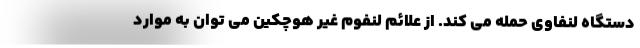
دستگاه لنفاوی حمله می کند. از علائم لنفوم غیر هوچکین می توان به موارد